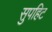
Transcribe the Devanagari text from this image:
सुपहिट